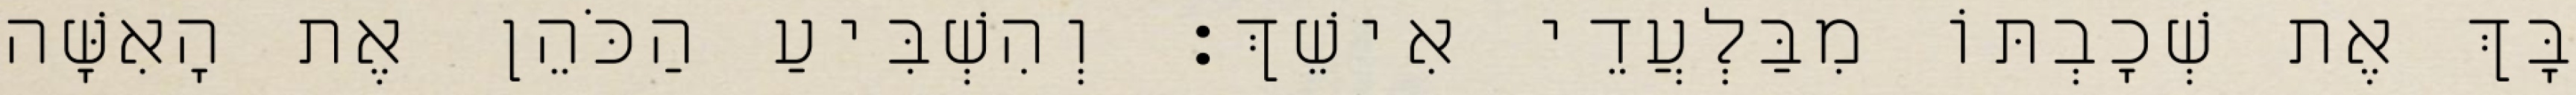
בָּךְ אֶת שְׁכָבְתּוֹ מִבַּלְעֲדֵי אִישֵׁךְ׃ וְהִשְׁבִּיעַ הַכֹּהֵן אֶת הָאִשָּׁה